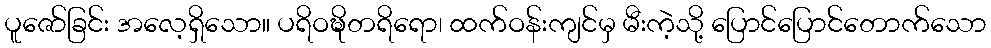
ပူဇော်ခြင်း အလေ့ရှိသော။ ပရိဝဍ္ဎိတရိရော၊ ထက်ဝန်းကျင်မှ မီးကဲ့သို့ ပြောင်ပြောင်တောက်သော